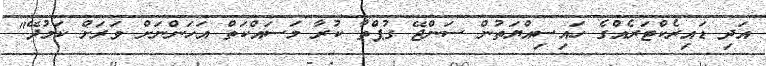
އަދި ޑައިރެކްޓަރެއްގެ ހައިސިއްޔަތުން ސަންޖޭ ގުޕްތާ ކުރާ މަސައްކަތް އަހަންނަށް ވަރަށް ކަމުދޭ"